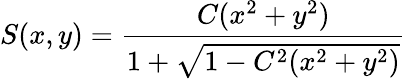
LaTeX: S(x,y)=\frac{C(x^{2}+y^{2})}{1+\sqrt{1-C^{2}(x^{2}+y^{2})}}